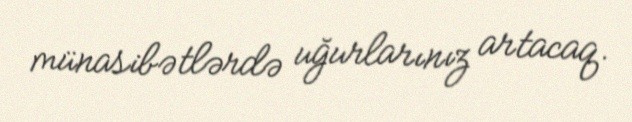
münasibətlərdə uğurlarınız artacaq.